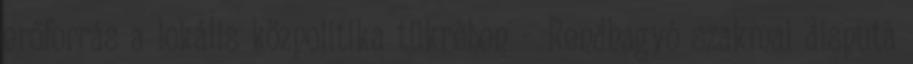
erőforrás a lokális közpolitika tükrében – Rendhagyó szakmai disputa